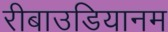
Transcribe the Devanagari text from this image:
रीबाउडियानम